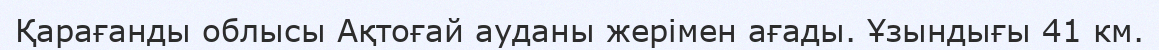
Қарағанды облысы Ақтоғай ауданы жерімен ағады. Ұзындығы 41 км.